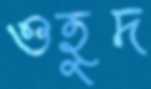
ওহুদ